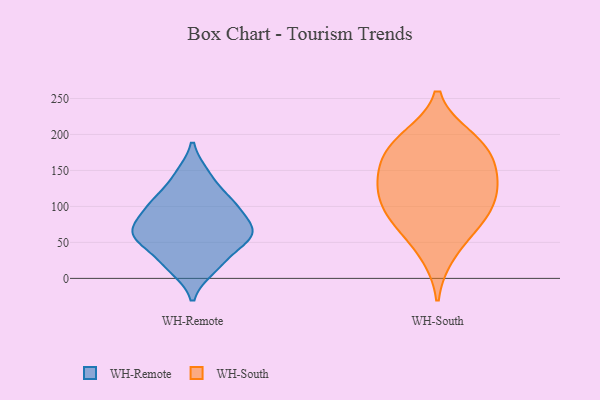
{"axis": {"x": "Operating Costs (USD K)", "y": "Value"}, "legend": ["WH-Remote", "WH-South"], "data": [{"x": "", "y": 28, "type": "WH-Remote"}, {"x": "", "y": 62, "type": "WH-Remote"}, {"x": "", "y": 101, "type": "WH-Remote"}, {"x": "", "y": 112, "type": "WH-Remote"}, {"x": "", "y": 57, "type": "WH-Remote"}, {"x": "", "y": 63, "type": "WH-Remote"}, {"x": "", "y": 145, "type": "WH-Remote"}, {"x": "", "y": 13, "type": "WH-Remote"}, {"x": "", "y": 65, "type": "WH-Remote"}, {"x": "", "y": 93, "type": "WH-Remote"}, {"x": "", "y": 196, "type": "WH-South"}, {"x": "", "y": 170, "type": "WH-South"}, {"x": "", "y": 138, "type": "WH-South"}, {"x": "", "y": 83, "type": "WH-South"}, {"x": "", "y": 194, "type": "WH-South"}, {"x": "", "y": 176, "type": "WH-South"}, {"x": "", "y": 33, "type": "WH-South"}, {"x": "", "y": 112, "type": "WH-South"}, {"x": "", "y": 116, "type": "WH-South"}, {"x": "", "y": 129, "type": "WH-South"}, {"x": "", "y": 152, "type": "WH-South"}, {"x": "", "y": 72, "type": "WH-South"}, {"x": "", "y": 85, "type": "WH-South"}]}